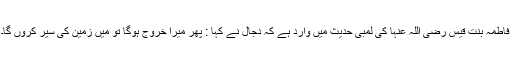
فاطمہ بنت قیس رضی اللہ عنہا کی لمبی حدیث میں وارد ہے کہ دجال نے کہا : پھر میرا خروج ہوگا تو میں زمین کی سیر کروں گا۔